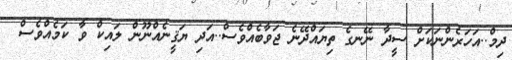
ދިމް..އަހަރެންނަކަށް ސީދާ ނޭނގެ ތިޔައްދޭނެ ޖަވާބެއްވެސް..އަދި ޔަޤީނެއްނޫން ލައިކް ވާ ކަމެއްވެސް